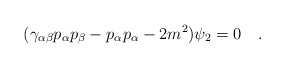
\begin{align*}(\gamma_{\alpha\beta}p_\alpha p_\beta - p_\alpha p_\alpha - 2m^2)\psi_2 =0 \quad .\end{align*}